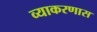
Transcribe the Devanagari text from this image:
व्याकरणास